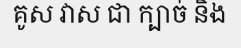
គូស វាស ជា ក្បាច់ និង